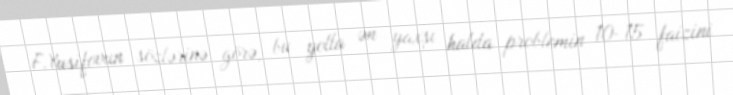
F.Yusifovun sözlərinə görə, bu yolla ən yaxşı halda problemin 10-15 faizini